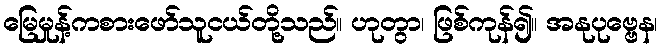
မြေမှုန့်ကစားဖော်သူငယ်တို့သည်။ ဟုတွာ၊ ဖြစ်ကုန်၍။ အနုပုဗ္ဗေန၊